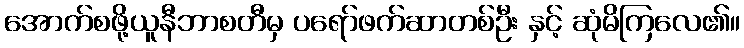
အောက်စဖို့ယူနီဘာစတီမှ ပရော်ဖက်ဆာတစ်ဦး နှင့် ဆုံမိကြလေ၏။